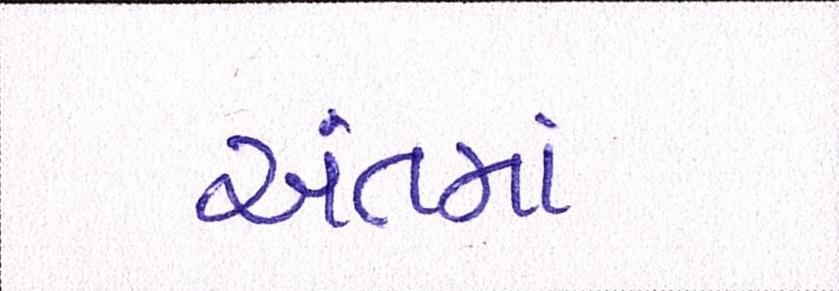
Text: અંતમાં